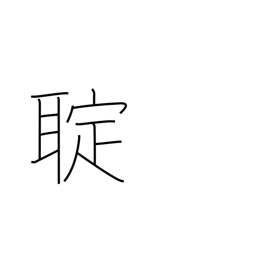
Meaning: (kokuji)